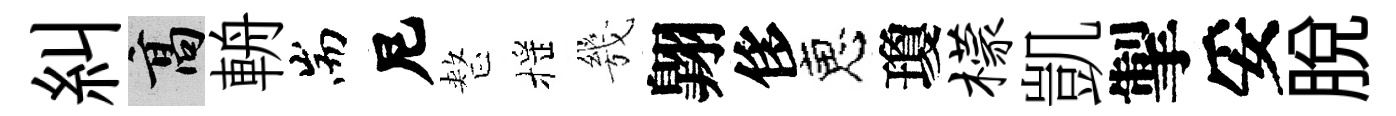
糾高輈耑尼整摇㡬翺侈恵瓊檬凱掣妥脱